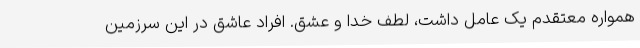
همواره معتقدم یک عامل داشت، لطف خدا و عشق. افراد عاشق در این سرزمین